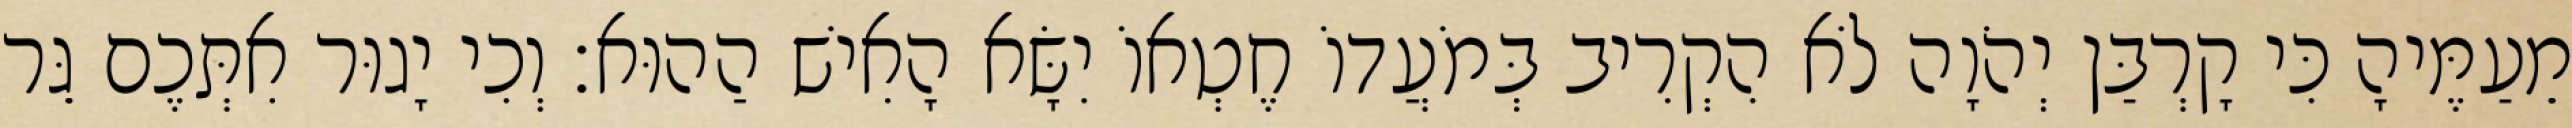
מֵעַמֶּיהָ כִּי קָרְבַּן יְהֹוָה לֹא הִקְרִיב בְּמֹעֲדוֹ חֶטְאוֹ יִשָּׂא הָאִישׁ הַהוּא׃ וְכִי יָגוּר אִתְּכֶם גֵּר